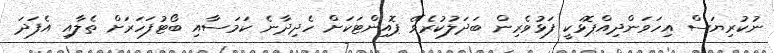
ނުކުރިޔަސް އިހަވަންދިއްޕޮޅަކީ ފަޅުވެރިން ބަދަލުކުރެވޭ ޕޮއިންޓަކަށް ހެދިދާނެ ކަމަސާއި ބޯޓުފަހަރަށް ތެލާއި އެފަދަ